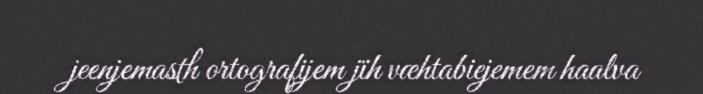
jeenjemasth ortografijem jïh væhtabiejemem haalva